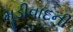
મૂડીવાદની